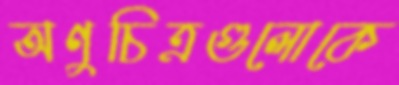
অণুচিত্রগুলোকে